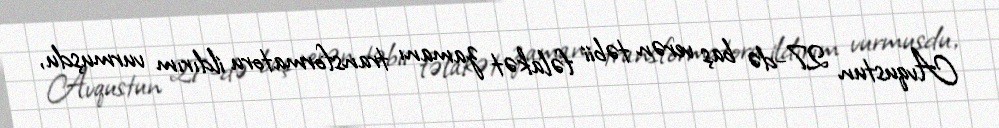
Avqustun 27-də baş verən təbii fəlakət zamanı transformatoru ildırım vurmuşdu,